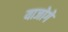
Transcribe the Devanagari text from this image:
याजोगे